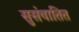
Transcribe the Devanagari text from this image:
सुसंवातित